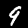
Digit: 9